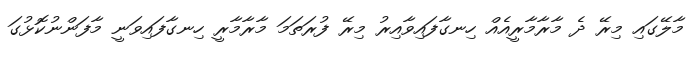
މާލޭގައި މިރޭ ދެ މާރާމާރީއެއް ހިނގާފައިވާއިރު މިރޭ ފުރަތަމަ މާރާމާރީ ހިނގާފައިވަނީ މާފަންނުކޮޅުގަ